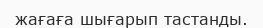
жағаға шығарып тастанды.